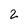
Character: 2